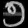
Digit: ၅